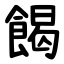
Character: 餲